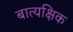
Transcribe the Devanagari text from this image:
बात्यक्षिक